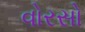
વોરસો